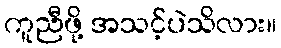
ကူညီဖို့ အသင့်ပဲသိလား။